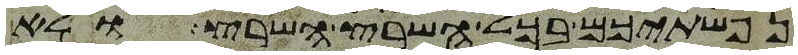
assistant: נפשתיכם בכל השרץ השרץ ולא